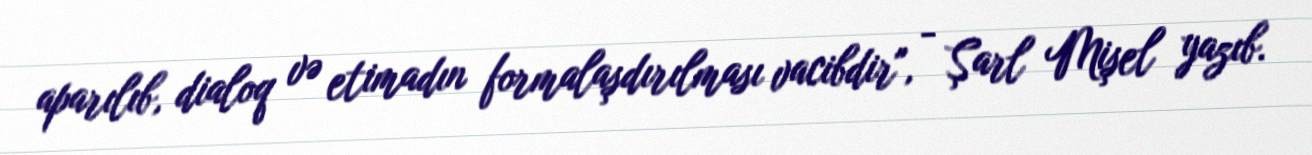
aparılıb, dialoq və etimadın formalaşdırılması vacibdir", - Şarl Mişel yazıb.